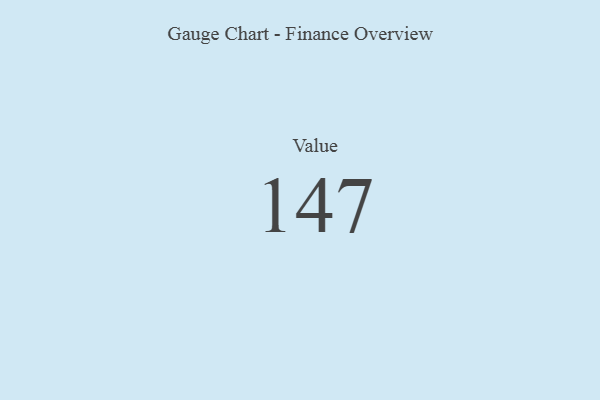
{"axis": {"x": "Metric", "y": "Value"}, "legend": [""], "data": [{"x": "Value", "y": 147, "type": ""}]}